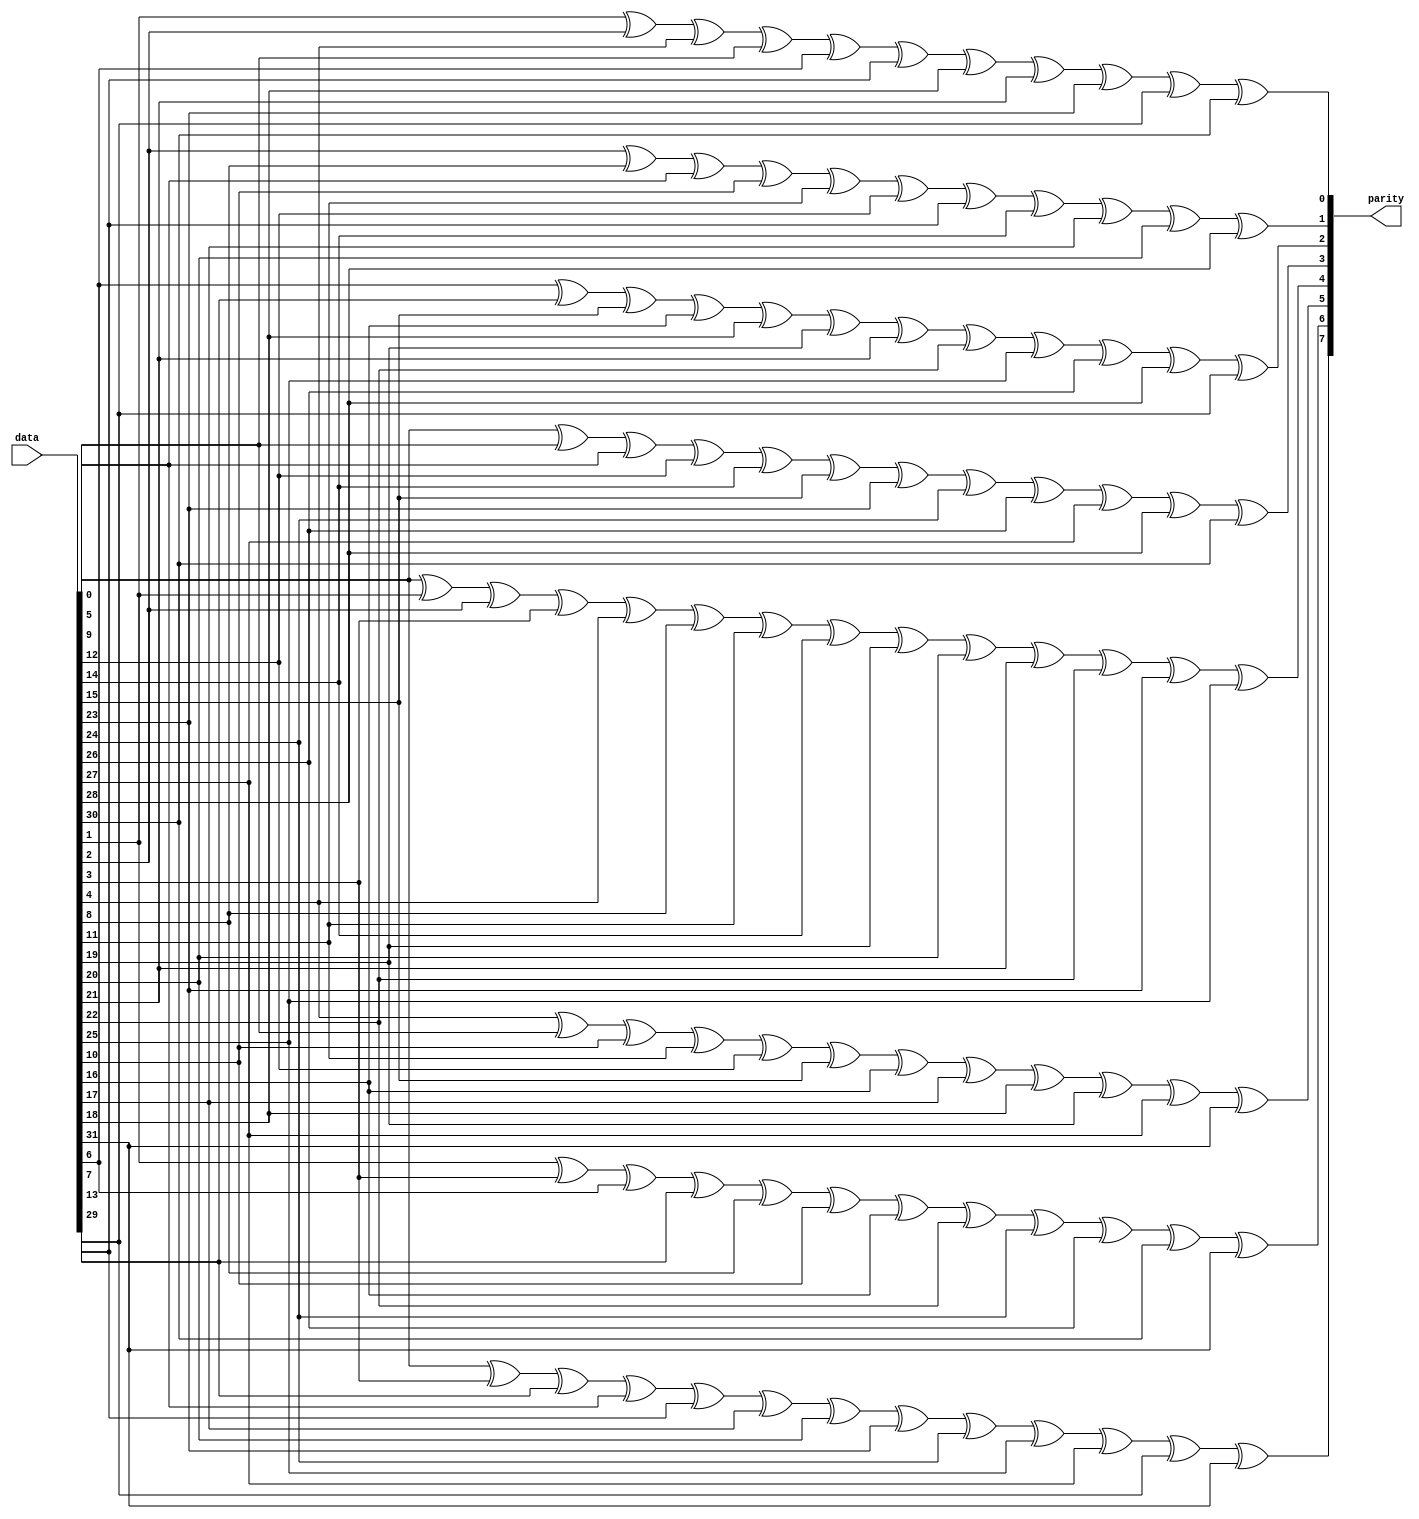
module Parity_Encoder_B(
    input [31:0] data,
    output [7:0] parity
);

begin
                assign parity[0] = data[1] ^ data[2] ^ data[4] ^ data[5] ^ data[6] ^ data[13] ^ data[18] ^ data[21] ^ data[23] ^ data[29] ^ data[30];
                assign parity[1] = data[2] ^ data[8] ^ data[9] ^ data[10] ^ data[11] ^ data[12] ^ data[13] ^ data[14] ^ data[17] ^ data[20] ^ data[28];
                assign parity[2] = data[6] ^ data[7] ^ data[15] ^ data[16] ^ data[18] ^ data[19] ^ data[21] ^ data[22] ^ data[25] ^ data[26] ^ data[28] ^ data[29];
                assign parity[3] = data[0] ^ data[5] ^ data[9] ^ data[12] ^ data[14] ^ data[15] ^ data[23] ^ data[24] ^ data[26] ^ data[27] ^ data[28] ^ data[30];                
                assign parity[4] = data[0] ^ data[1] ^ data[2] ^ data[3] ^ data[4] ^ data[8] ^ data[11] ^ data[14] ^ data[19] ^ data[20] ^ data[21] ^ data[22] ^ data[23] ^ data[25];
                assign parity[5] = data[4] ^ data[5] ^ data[10] ^ data[11] ^ data[12] ^ data[15] ^ data[16] ^ data[17] ^ data[18] ^ data[19] ^ data[27] ^ data[31]; 
                assign parity[6] = data[1] ^ data[3] ^ data[6] ^ data[7] ^ data[8] ^ data[10] ^ data[16] ^ data[22] ^ data[24] ^ data[26] ^ data[30] ^ data[31]; 
                assign parity[7] = data[0] ^ data[3] ^ data[7] ^ data[9] ^ data[13] ^ data[17] ^ data[20] ^ data[23] ^ data[24] ^ data[25] ^ data[27] ^ data[29] ^ data[31]; 
  
end      
     

endmodule